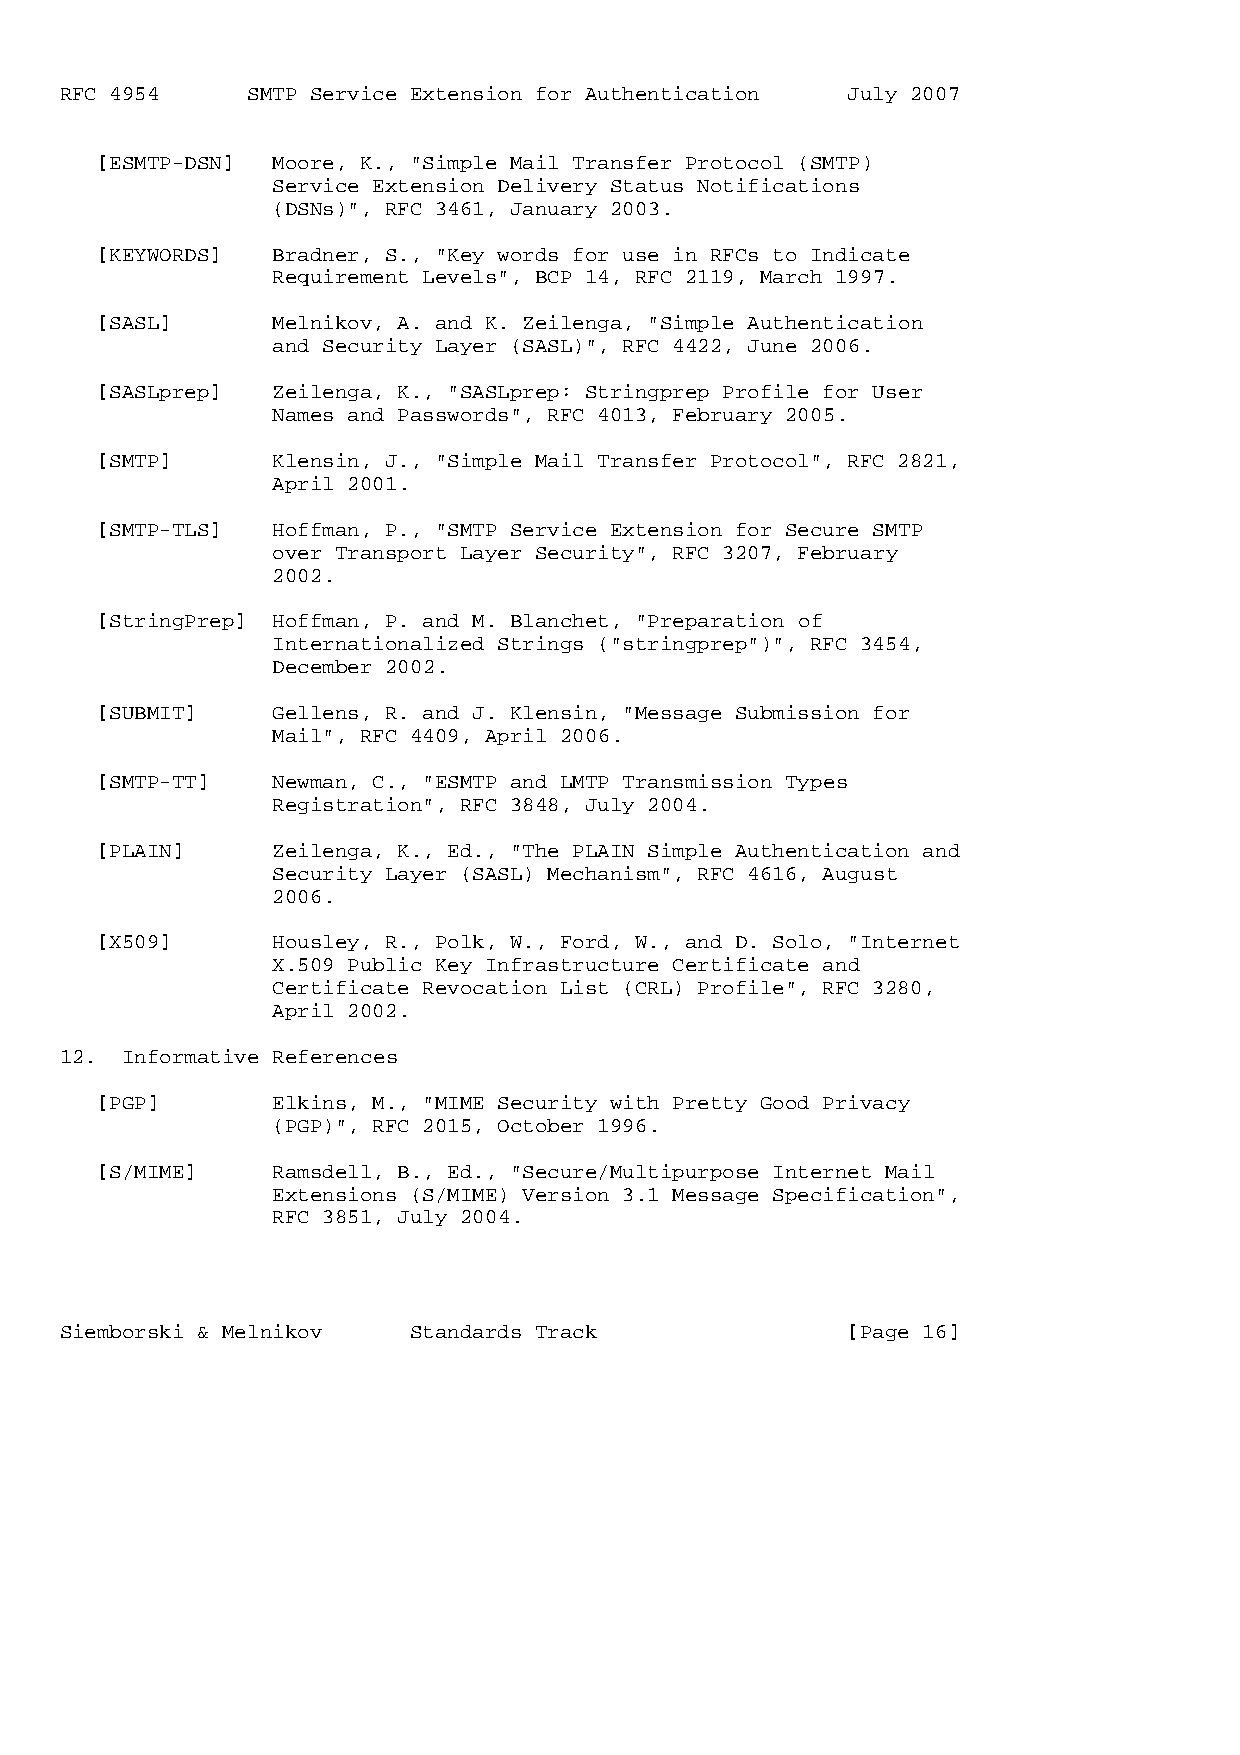
RFC 4954    SMTP Service Extension for Authentication July 2007
 [ESMTP-DSN] Moore, K., "Simple Mail Transfer Protocol (SMTP)
 Service Extension Delivery Status Notifications
 (DSNs)", RFC 3461, January 2003.
 [KEYWORDS]  Bradner, S., "Key words for use in RFCs to Indicate
 Requirement Levels", BCP 14, RFC 2119, March 1997.
 [SASL]      Melnikov, A. and K. Zeilenga, "Simple Authentication
 and Security Layer (SASL)", RFC 4422, June 2006.
 [SASLprep]  Zeilenga, K., "SASLprep: Stringprep Profile for User
 Names and Passwords", RFC 4013, February 2005.
 [SMTP]      Klensin, J., "Simple Mail Transfer Protocol", RFC 2821,
 April 2001.
 [SMTP-TLS]  Hoffman, P., "SMTP Service Extension for Secure SMTP
 over Transport Layer Security", RFC 3207, February
 2002.
 [StringPrep] Hoffman, P. and M. Blanchet, "Preparation of
 Internationalized Strings ("stringprep")", RFC 3454,
 December 2002.
 [SUBMIT]    Gellens, R. and J. Klensin, "Message Submission for
 Mail", RFC 4409, April 2006.
 [SMTP-TT]   Newman, C., "ESMTP and LMTP Transmission Types
 Registration", RFC 3848, July 2004.
 [PLAIN]     Zeilenga, K., Ed., "The PLAIN Simple Authentication and
 Security Layer (SASL) Mechanism", RFC 4616, August
 2006.
 [X509]      Housley, R., Polk, W., Ford, W., and D. Solo, "Internet
 X.509 Public Key Infrastructure Certificate and
 Certificate Revocation List (CRL) Profile", RFC 3280,
 April 2002.
 12. Informative References
 [PGP]       Elkins, M., "MIME Security with Pretty Good Privacy
 (PGP)", RFC 2015, October 1996.
 [S/MIME]    Ramsdell, B., Ed., "Secure/Multipurpose Internet Mail
 Extensions (S/MIME) Version 3.1 Message Specification",
 RFC 3851, July 2004.
 Siemborski & Melnikov  Standards Track              [Page 16]